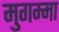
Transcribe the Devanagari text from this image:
मुगम्मा